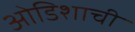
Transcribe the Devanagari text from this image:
ओडिशाची